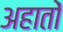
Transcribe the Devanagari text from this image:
अहातों